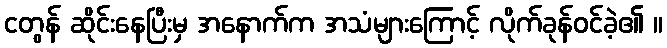
ငတွန် ဆိုင်းနေပြီးမှ အနောက်က အသံများကြောင့် လိုက်ခုန်ဝင်ခဲ့၏ ။